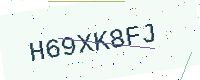
Text: H69XK8FJ